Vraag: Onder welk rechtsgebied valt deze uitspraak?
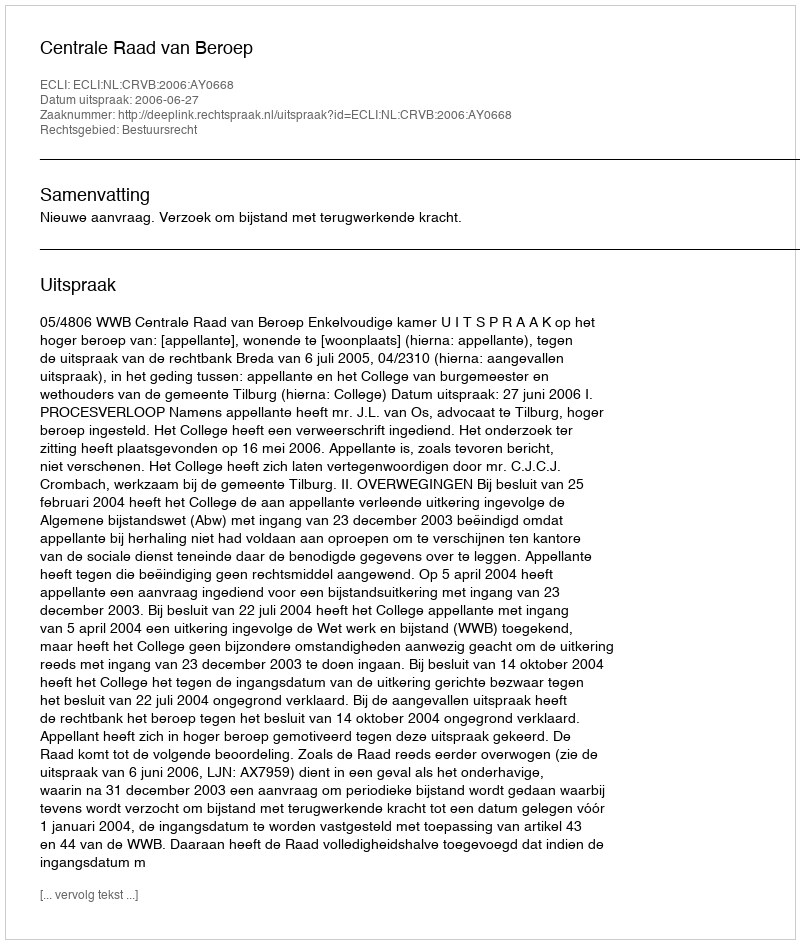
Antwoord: Bestuursrecht